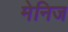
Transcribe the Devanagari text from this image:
मेनिज